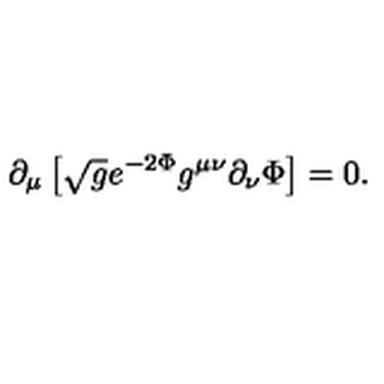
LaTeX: \partial _ { \mu } \left[ \sqrt { g } e ^ { - 2 \Phi } g ^ { \mu \nu } \partial _ { \nu } \Phi \right] = 0 .